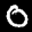
Label: 0